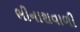
ભીનાશવાળી